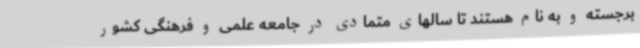
برجسته و به نام هستند تا سالهای متمادی در جامعه علمی و فرهنگی کشور